Report on the working of the mental hospitals for Indians in Bihar and Orissa - 1925-1929
Year: 1925
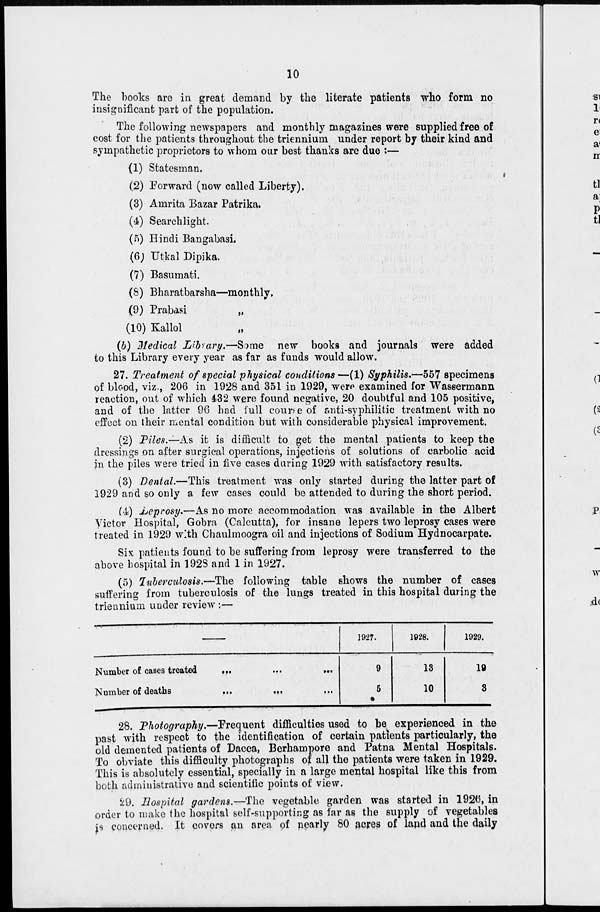
10
The books are in great demand by the literate patients who form no
insignificant part of the population.
The following newspapers and monthly magazines were supplied free of
cost for the patients throughout the triennium under report by their kind and
sympathetic proprietors to whom our best thanks are due :—
(1) Statesman.
(2) Forward (now called Liberty).
(3) Amrita Bazar Patrika.
(4) Searchlight.
(5) Hindi Bangabasi.
(6) Utkal Dipika.
(7) Basumati.
(8) Bharatbarsha—monthly.
(9) Prabasi „
(10) Kallol „
(b) Medical Library.—Some new books and journals were added
to this Library every year as far as funds would allow.
27. Treatment of special physical conditions—(1) Syphilis.—557 specimens
of blood, viz., 206 in 1928 and 351 in 1929, were examined for Wassermann
reaction, out of which 432 were found negative, 20 doubtful and 105 positive,
and of the latter 96 had full course of anti-syphilitic treatment with no
effect on their mental condition but with considerable physical improvement.
(2) Piles.—As it is difficult to get the mental patients to keep the
dressings on after surgical operations, injections of solutions of carbolic acid
in the piles were tried in five cases during 1929 with satisfactory results.
(3) Dental.—This treatment was only started during the latter part of
1929 and so only a few cases could be attended to during the short period.
(4) Leprosy.—As no more accommodation was available in the Albert
Victor Hospital, Gobra (Calcutta), for insane lepers two leprosy cases were
treated in 1929 with Chaulmoogra oil and injections of Sodium Hydnocarpate.
Six patients found to be suffering from leprosy were transferred to the
above hospital in 1928 and 1 in 1927.
(5) Tuberculosis.—The following table shows the number of cases
suffering from tuberculosis of the lungs treated in this hospital during the
triennium under review :—
Number of cases treated
...
...
...
Number of deaths
...
...
...
1927.
9
5
1928.
13
10
1929.
19
3
28. Photography.—Frequent difficulties used to be experienced in the
past with respect to the identification of certain patients particularly, the
old demented patients of Dacca, Berhampore and Patna Mental Hospitals.
To obviate this difficulty photographs of all the patients were taken in 1929.
This is absolutely essential, specially in a large mental hospital like this from
both administrative and scientific points of view.
29. Hospital gardens.—The vegetable garden was started in 1926, in
order to make the hospital self-supporting as far as the supply of vegetables
is concerned. It covers an area of nearly 80 acres of land and the daily